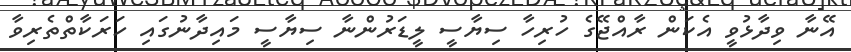
އޭނާ ވިދާޅުވީ އެކަން ރާއްޖޭގެ ހުރިހާ ސިޔާސީ ލީޑަރުންނާ ސިޔާސީ މައިދާނުގައި ހަރަކާތްތެރިވާ